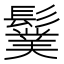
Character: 𩯏